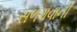
સળગવાની